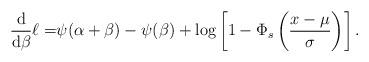
LaTeX: \begin{align*}\frac{\mathrm{d}}{\mathrm{d}\beta}\ell=&\psi(\alpha+\beta) - \psi(\beta) +\log\left[1-\Phi_s\left(\frac{x-\mu}{\sigma}\right)\right].\end{align*}